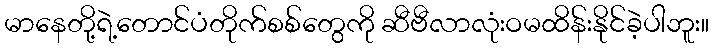
မာနေတို့ရဲ့တောင်ပံတိုက်စစ်တွေကို ဆီဗီလာလုံးဝမထိန်းနိုင်ခဲ့ပါဘူး။